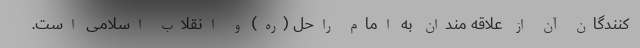
کنندگان آن از علاقه مندان به امام راحل (ره) و انقلاب اسلامی است.